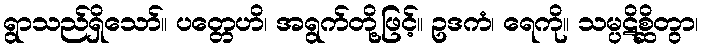
ရွာသည်ရှိသော်။ ပတ္တေဟိ၊ အရွက်တို့ဖြင့်။ ဥဒကံ၊ ရေကို။ သမ္ပဋိစ္ဆိတွာ၊